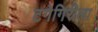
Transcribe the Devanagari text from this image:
टगेगिरीला